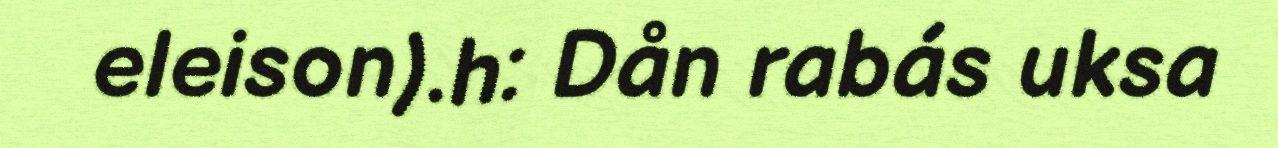
eleison).h: Dån rabás uksa